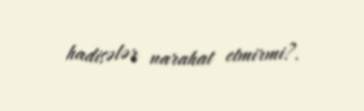
hadisələr narahat etmirmi?.